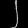
Digit: ၂